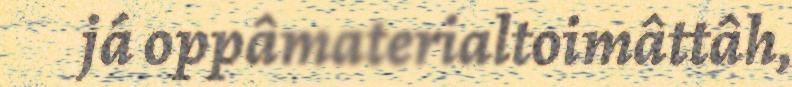
já oppâmaterialtoimâttâh,